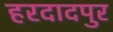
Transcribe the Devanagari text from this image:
हरदादपुर